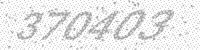
Solution: 370403